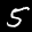
Label: 5